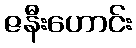
ဇနီးဟောင်း